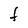
Character: F